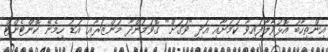
އިންތިހާބު އޮޅުވާލާފައިވާ ކަމަށާއި އަދި "ވަގަށް" ގޮވަމުންދާ މަންޒަރާއި އަޑު ހިމެނޭ ކޮންޓެންޓް